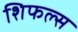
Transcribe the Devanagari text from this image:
शिफल्स